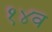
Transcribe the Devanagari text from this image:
१४व